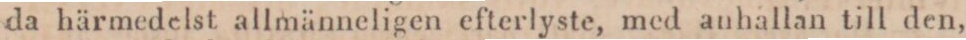
da härmedelst allmänneligen efterlyste, med auhallan till den,